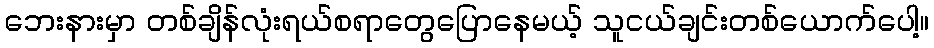
ဘေးနားမှာ တစ်ချိန်လုံးရယ်စရာတွေပြောနေမယ့် သူငယ်ချင်းတစ်ယောက်ပေါ့။